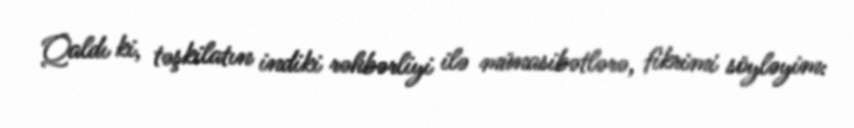
Qaldı ki, təşkilatın indiki rəhbərliyi ilə münasibətlərə, fikrimi söyləyim: